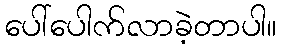
ပေါ်ပေါက်လာခဲ့တာပါ။